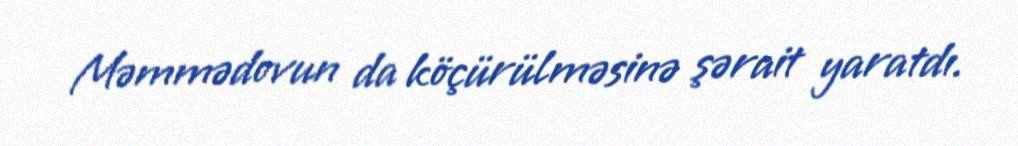
Məmmədovun da köçürülməsinə şərait yaratdı.